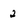
Character: 2